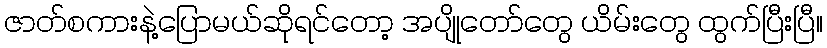
ဇာတ်စကားနဲ့ပြောမယ်ဆိုရင်တော့ အပျိုတော်တွေ ယိမ်းတွေ ထွက်ပြီးပြီ။